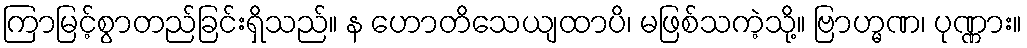
ကြာမြင့်စွာတည်ခြင်းရှိသည်။ န ဟောတိသေယျထာပိ၊ မဖြစ်သကဲ့သို့။ ဗြာဟ္မဏ၊ ပုဏ္ဏား။